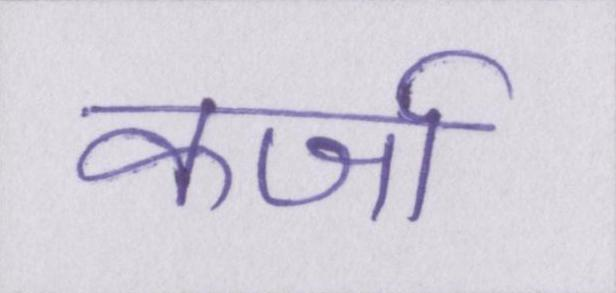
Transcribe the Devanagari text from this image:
कर्जा